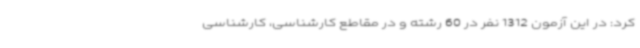
کرد: در این آزمون 1312 نفر در 60 رشته‌ و در مقاطع کارشناسی، کارشناسی